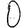
Digit: 0